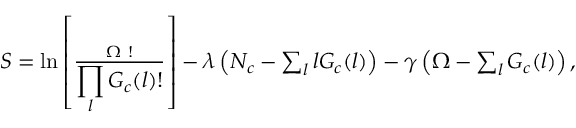
\begin{array} { r } { S = \ln \left[ \frac { \Omega ~ ! } { \displaystyle \prod _ { l } G _ { c } ( l ) ! } \right] - \lambda \left( N _ { c } - \sum _ { l } l G _ { c } ( l ) \right) - \gamma \left( \Omega - \sum _ { l } G _ { c } ( l ) \right) , } \end{array}